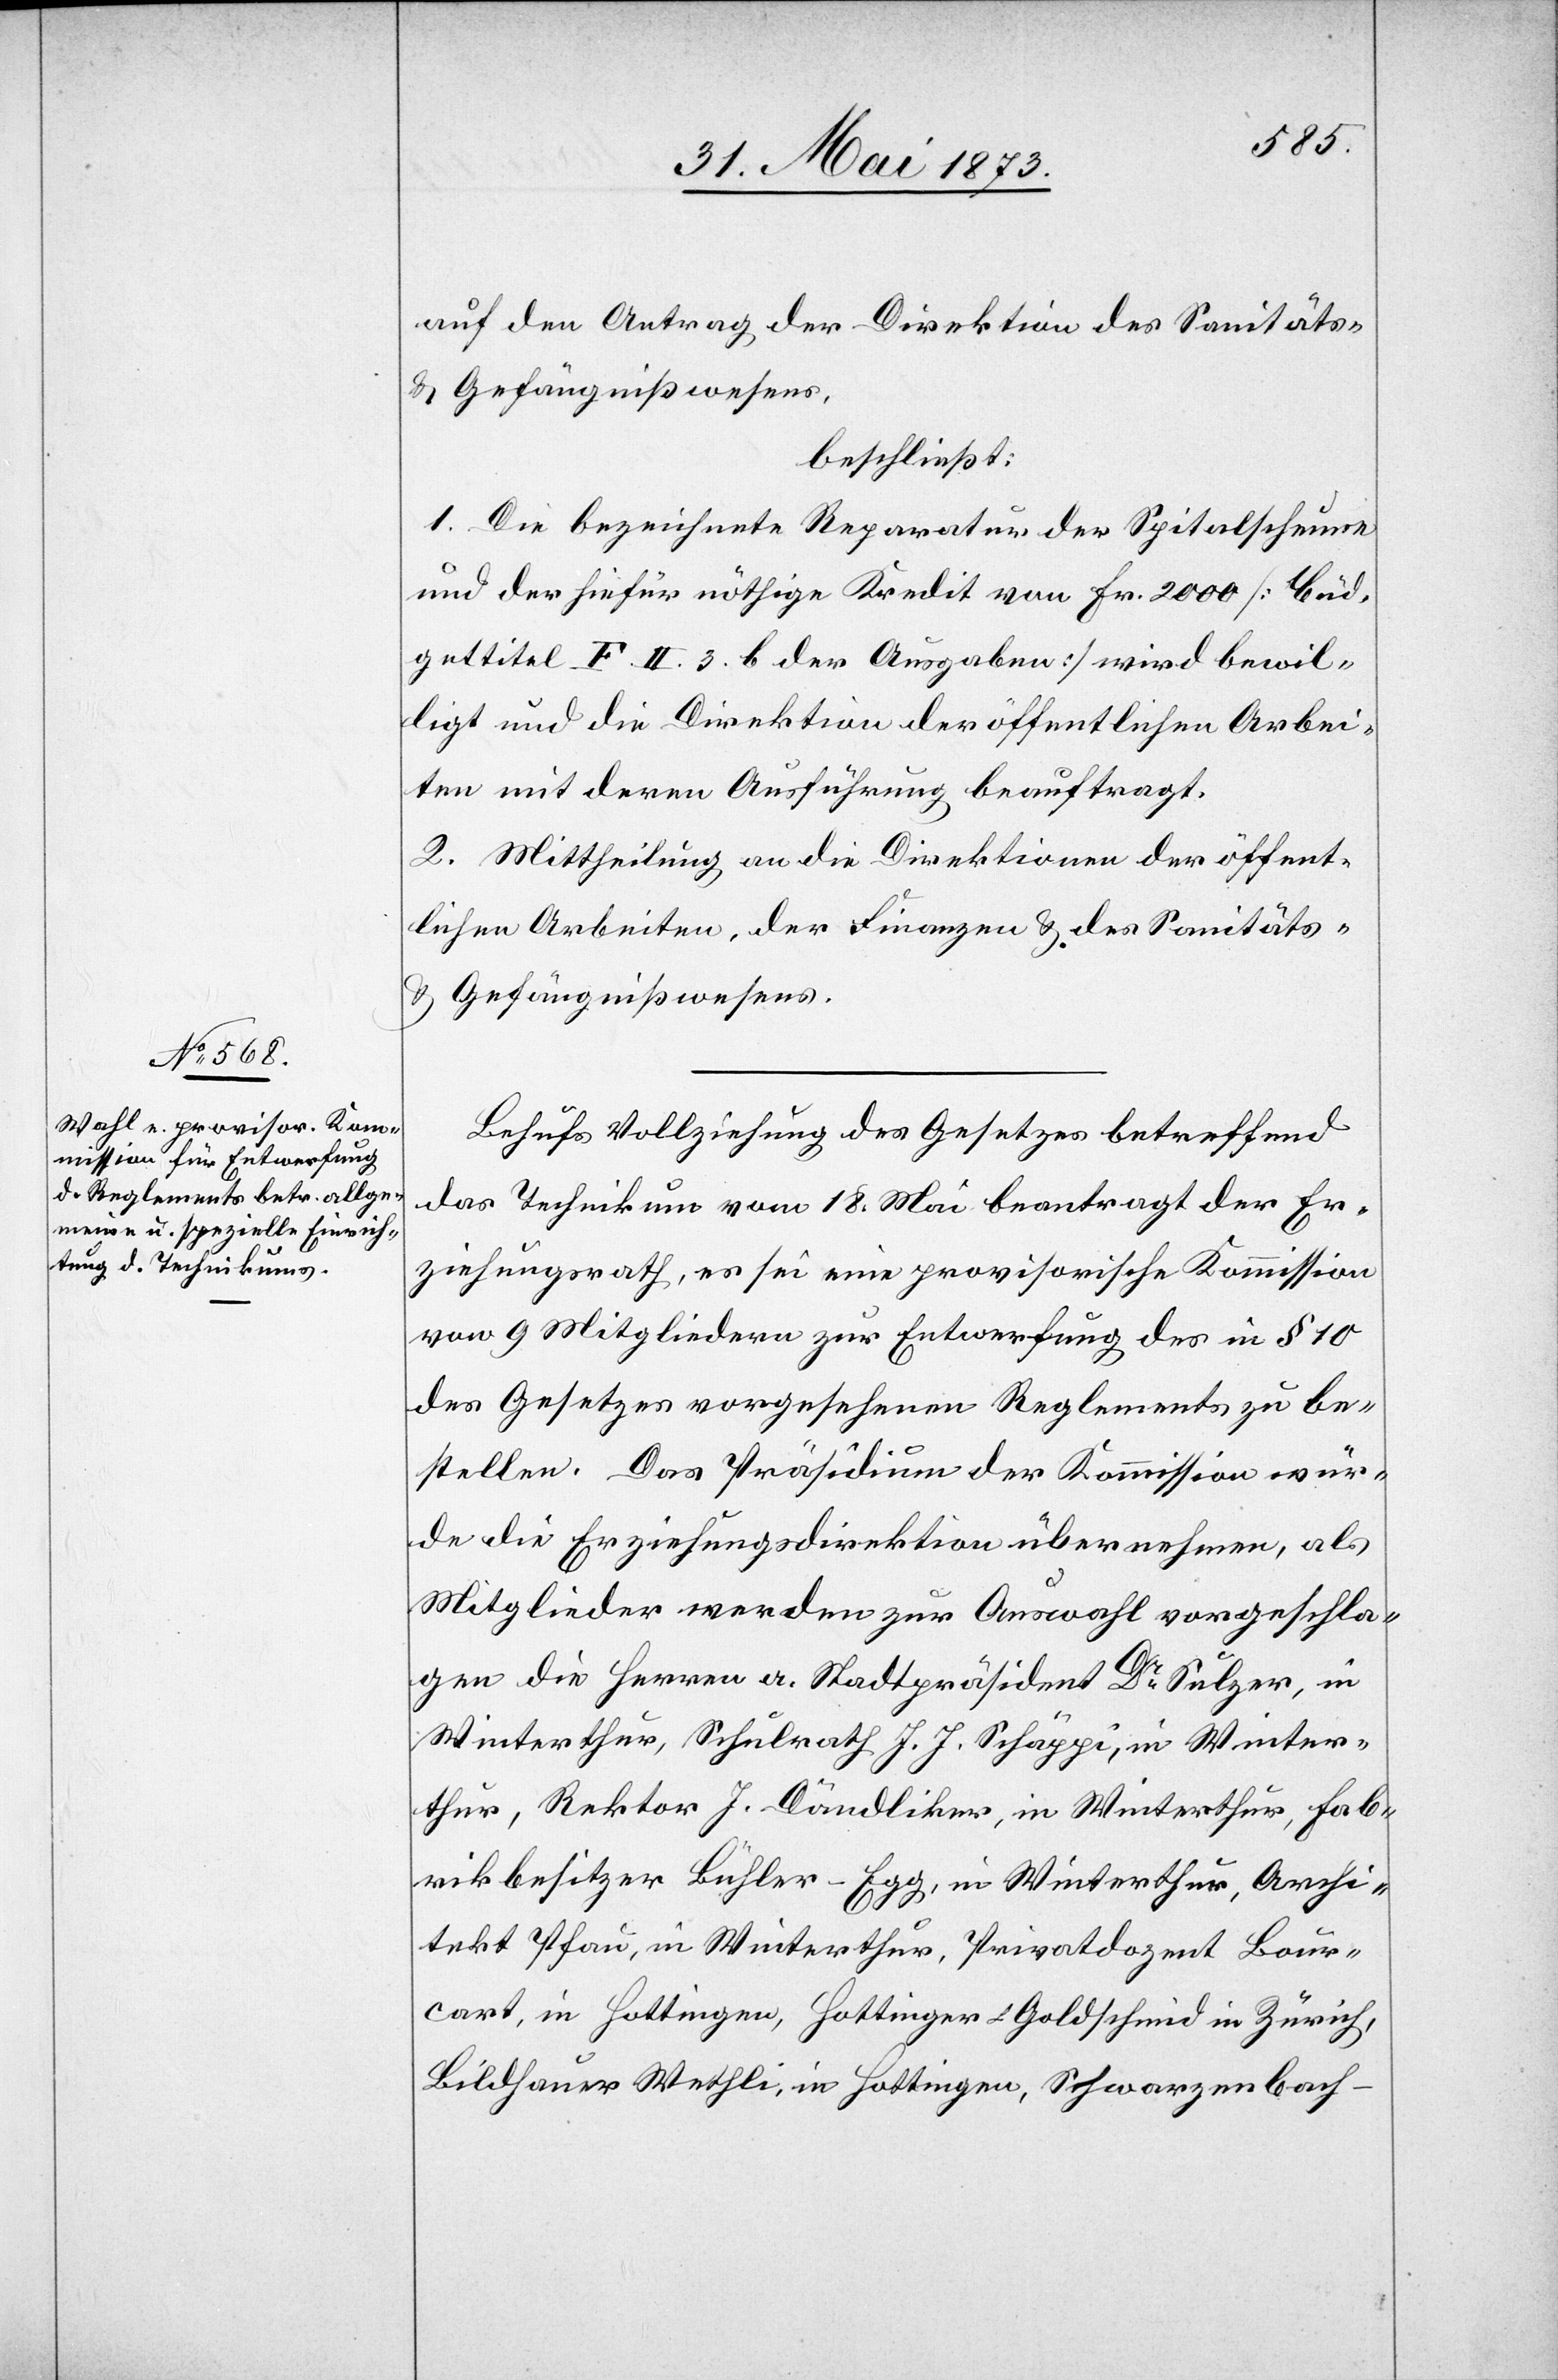
auf den Antrag der Direktion des Sanitäts-
& Gefängnißwesens,
beschließt:
1. Die bezeichnete Reparatur der Spitalscheune
und der hiefür nöthige Kredit von Fr. 2 000 [Büd¬
gettitel F. II. 3. b der Ausgaben] wird bewil¬
ligt und die Direktion der öffentlichen Arbei¬
ten mit deren Ausführung beauftragt.
2. Mittheilung an die Direktion der öffent¬
lichen Arbeiten, der Finanzen & des Sanitäts-
& Gefängnißwesens.
Behufs Vollziehung des Gesetzes betreffend
das Technikum vom 18. Mai beantragt der Er¬
ziehungsrath, es sei eine provisorische Kommission
von 9 Mitgliedern zur Entwerfung des in § 10
des Gesetzes vorgesehenen Reglements zu be¬
stellen. Das Präsidium der Kommission wür¬
de die Erziehungsdirektion übernehmen, als
Mitglieder werden zur Auswahl vorgeschla¬
gen die Herren a. Stadtpräsident Dr Sulzer, in
Winterthur, Schulrath J. J. Schäppi, in Winter¬
thur, Rektor J. Dändliker, in Winterthur, Fab¬
rikbesitzer Bühler-Egg, in Winterthur, Archi¬
tekt Pfau, in Winterthur, Privatdozent Bour¬
cart, in Hottingen, Hottinger Goldschmid in Zürich,
Bildhauer Wethli, in Hottingen, Schwarzenbach-